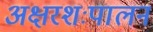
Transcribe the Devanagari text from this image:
अक्षरशःपालन